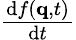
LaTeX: \textstyle{\frac{\mathrm{d}f(\mathbf{q},t)}{\mathrm{d}t}}